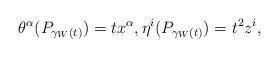
LaTeX: \begin{align*}\theta^\alpha(P_{\gamma_W(t)}) = tx^\alpha, \eta^i(P_{\gamma_W(t)}) = t^2z^i,\end{align*}